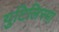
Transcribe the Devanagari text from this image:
युटिलिस्मा